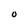
Character: O